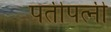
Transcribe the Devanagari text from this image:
पतीपत्‍नी